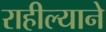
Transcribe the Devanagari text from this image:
राहील्याने